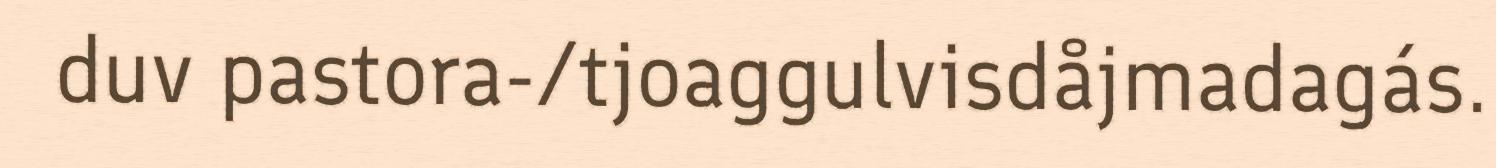
duv pastora-/tjoaggulvisdåjmadagás.